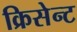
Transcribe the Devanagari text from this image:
क्रिसेन्‍ट